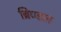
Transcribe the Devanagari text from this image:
ब्रिण्डल